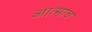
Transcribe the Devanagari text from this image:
आत्माच